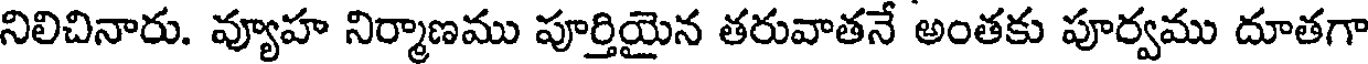
నిలిచినారు. వ్యూహ నిర్మాణము పూర్తియైన తరువాతనే అంతకు పూర్వము దూతగా